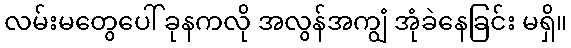
လမ်းမတွေပေါ် ခုနကလို အလွန်အကျွံ အုံခဲနေခြင်း မရှိ။